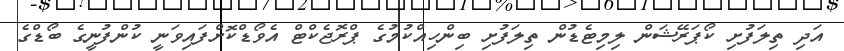
އަދި ތިލަފުށި ކޯޕަރޭޝަން ލިމިޓެޑުން ތިލަފުށި ބިންހިއްކުމުގެ ޕްރޮޖެކްޓް އެވޯޑްކޮށްފައިވަނީ ކުންފުނީގެ ބޯޑްގެ